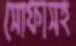
সোফাসহ